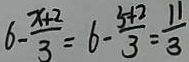
6 - \frac { x + 2 } { 3 } = 6 - \frac { 5 + 2 } { 3 } = \frac { 1 1 } { 3 }